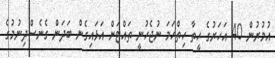
އުމުރުން 40 އަހަރުގެ ހީތާ ހިތްހަމަ ނުޖެހުނީ ތައްޓަށް އަޅައިގެން ބަދަން ގެނެސްދިނުމުގެ